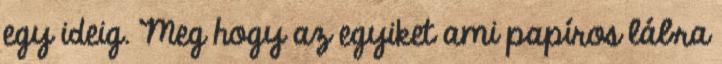
egy ideig. Meg hogy az egyiket ami papíros lábra